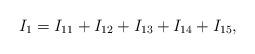
LaTeX: \begin{align*}I_1=I_{11}+I_{12}+I_{13}+I_{14}+I_{15},\end{align*}